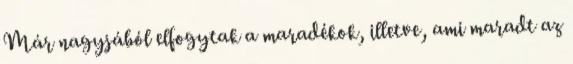
Már nagyjából elfogytak a maradékok, illetve, ami maradt az